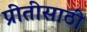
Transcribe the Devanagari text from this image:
प्रीतीसाठी